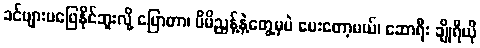
ခင်ဗျားမဖြေနိုင်ဘူးလို့ ပြောတာ၊ မိမိညွန့်နဲ့တွေ့မှပဲ မေးတော့မယ်၊ ဆောရီး ချိုရီယို